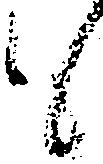
も